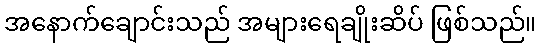
အနောက်ချောင်းသည် အများရေချိုးဆိပ် ဖြစ်သည်။